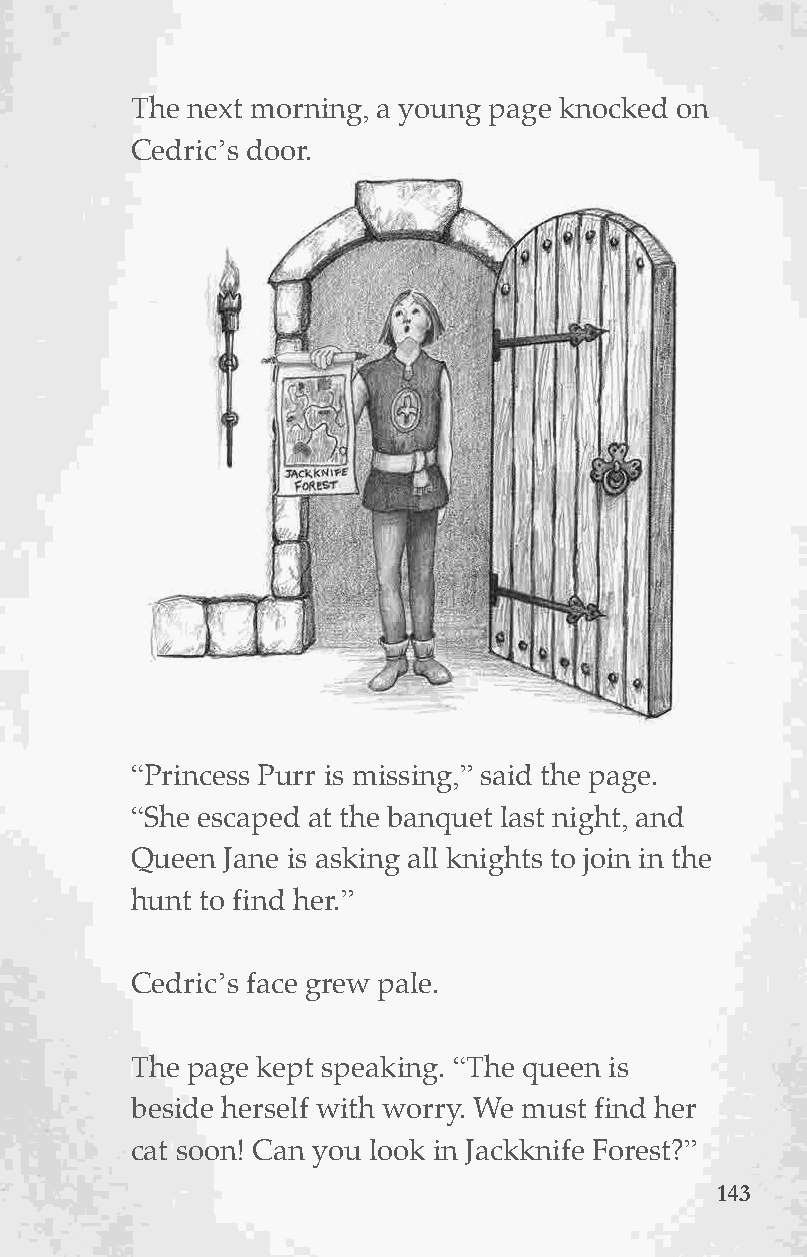
The next morning, a young page knocked on
 Cedric’s door.
 “Princess Purr is missing,” said the page.
 “She escaped at the banquet last night, and
 Queen Jane is asking all knights to join in the
 hunt to find her.”
 Cedric’s face grew pale.
 This is Cobweb   the Cat.
 The page kept speaking. “The queen is
 beside herself with worry. We must find her
 cat soon! Can you look in Jackknife Forest?”
 114433